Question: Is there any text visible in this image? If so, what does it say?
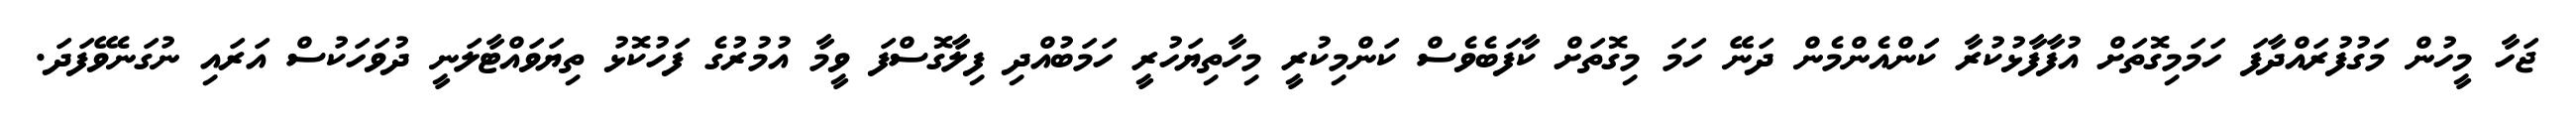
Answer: ޖަހާ މީހުން މަގުފުރައްދާފަ ހަމަމިގޮތަށް އުފާފާޅުކުރާ ކަންއެންމެން ދަނޭ ހަމަ މިގޮތަށް ކާފަބެވެސް ކަންމިކުރީ މިހާތިޔަހުރީ ހަމަބުއްދި ފިލާގޮސްފަ ވީމާ އުމުރުގެ ފަހުކޮޅު ތިޔަވައްޓާލަނީ ދުވަހަކުސް އަރައި ނުގަނެވޭފަދަ.